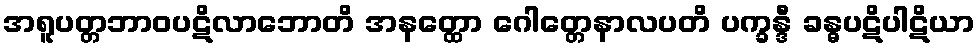
အရူပတ္တဘာဝပဋိလာဘောတိ အနတ္ထော ဂေါတ္တေနာလပတိ ပက္ခန္ဒီ ခန္ဓပဋိပါဋိယာ